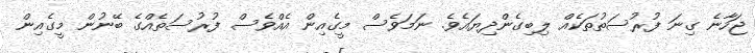
ޖަހާނެ ގިނަ ފުރުސަތުތަކެއް ލިބިގެންދިޔައެވެ. ނަމަވެސް މީގެއިން އެއްވެސް ފުރުސަތެއްގެ ބޭނުން މީގެއިން